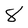
Character: 8